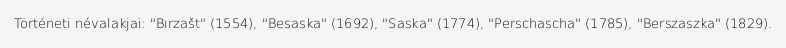
Történeti névalakjai: "Bırzašt" (1554), "Besaska" (1692), "Saska" (1774), "Perschascha" (1785), "Berszaszka" (1829).